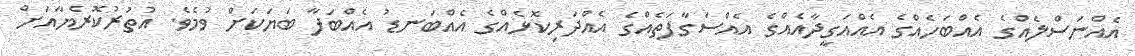
އެއްނަސްލެއްގެ އެއްބަހެއްގެ އެއްއަގީދާއެއްގެ އެއްސަގާފަތެއްގެ އެއްދަރިކޮޅެއްގެ އެއްބަނޑު އެއްބަފާ ބަޔަކަށް ވުމެވެ. އުތުރުކޮރެޔާއަށް